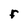
Character: F